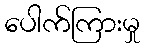
ပေါက်ကြားမှု